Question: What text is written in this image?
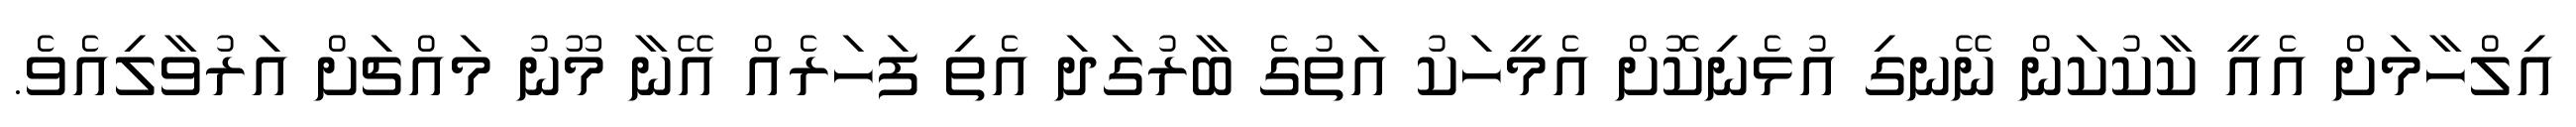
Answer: އިލްހާމަށް އެއީ ކާކުކަން ނޭނގި އުޅެނިކޮށް އެމީހަކު އަތުގެ ބާރުގަދަ އެތި ފަހަރެއް އޭނާ މޫނު މައްޗަށް އަރުވާލިއެވެ.